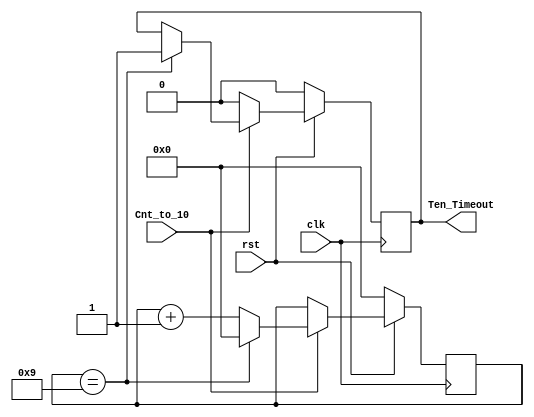
module Counting_to_10 (Cnt_to_10, Ten_Timeout, clk, rst);

   input Cnt_to_10, rst, clk;
   reg [3:0] Count;

   output Ten_Timeout;
   reg Ten_Timeout;


   always @ (posedge clk) begin
      if (rst == 1'b0) begin
         Count <= 4'b0000;
         Ten_Timeout <= 1'b0;
      end
      else 
        begin
          if (Cnt_to_10 == 1'b1)
            begin
          //  if (Count == 4'b0001) //this is for testing purposes
              if (Count == 4'b1001) 
               begin
               Ten_Timeout <= 1'b1;
               Count <= 4'b0000;
               end
              else
               begin
                Count <= Count + 4'b0001;
               end
             end
          else
            begin
             Ten_Timeout<= 1'b0;
            end
        end
   end
endmodule